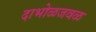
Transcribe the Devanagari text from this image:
दाभोळजवळ